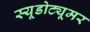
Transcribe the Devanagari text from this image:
स्यूडोट्यूमर